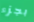
بجزء